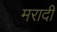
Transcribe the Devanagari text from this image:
मरादी